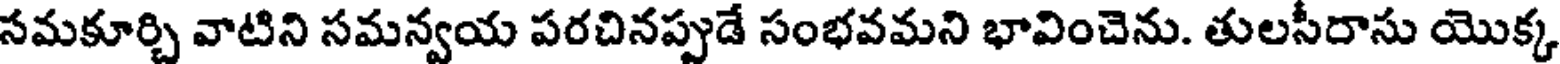
సమకూర్చి వాటిని సమన్వయ పరచినప్పుడే సంభవమని భావించెను. తులసీదాసు యొక్క